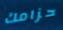
حزامك